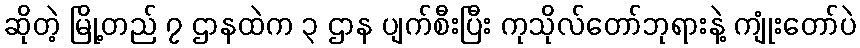
ဆိုတဲ့ မြို့တည် ၇ ဌာနထဲက ၃ ဌာန ပျက်စီးပြီး ကုသိုလ်တော်ဘုရားနဲ့ ကျုံးတော်ပဲ